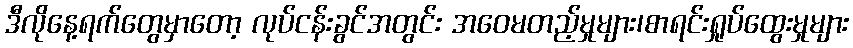
ဒီလိုနေ့ရက်တွေမှာတော့ လုပ်ငန်းခွင်အတွင်း အဝေမတည့်မှုများ၊စာရင်းရှုပ်ထွေးမှုများ